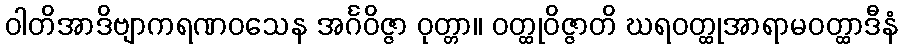
ဝါတိအာဒိဗျာကရဏဝသေန အင်္ဂဝိဇ္ဇာ ဝုတ္တာ။ ဝတ္ထုဝိဇ္ဇာတိ ဃရဝတ္ထုအာရာမဝတ္ထာဒီနံ